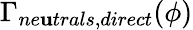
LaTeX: \Gamma_{ne\mathbf{u}trals,direct}(\phi)